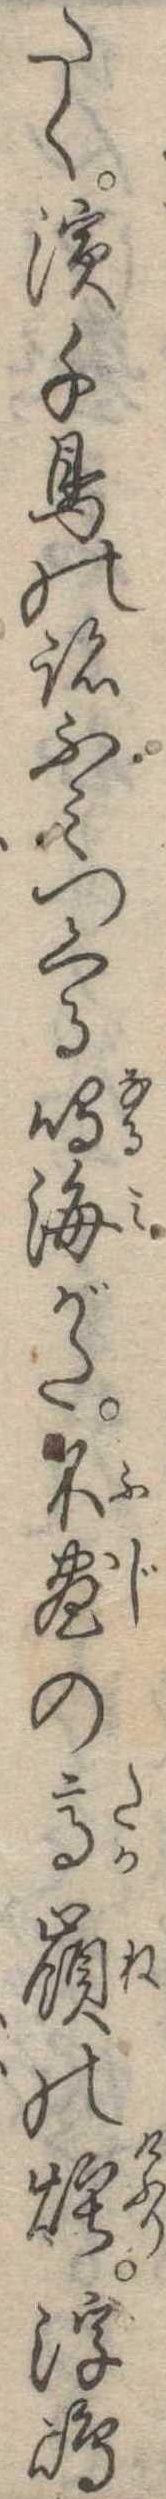
たく浜千鳥の跡ふみつくる鳴海がた不尽の高嶺の煙浮島